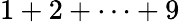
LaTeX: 1+2+\dotsb+9